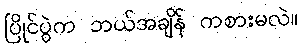
ပြိုင်ပွဲက ဘယ်အချိန် ကစားမလဲ။